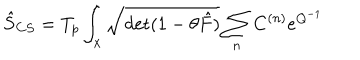
\hat { S } _ { C S } = T _ { p } \int _ { x } { \sqrt { \mathrm { d e t } ( 1 - \theta \hat { F } ) } } \sum _ { n } C ^ { ( n ) } e ^ { Q ^ { - 1 } }